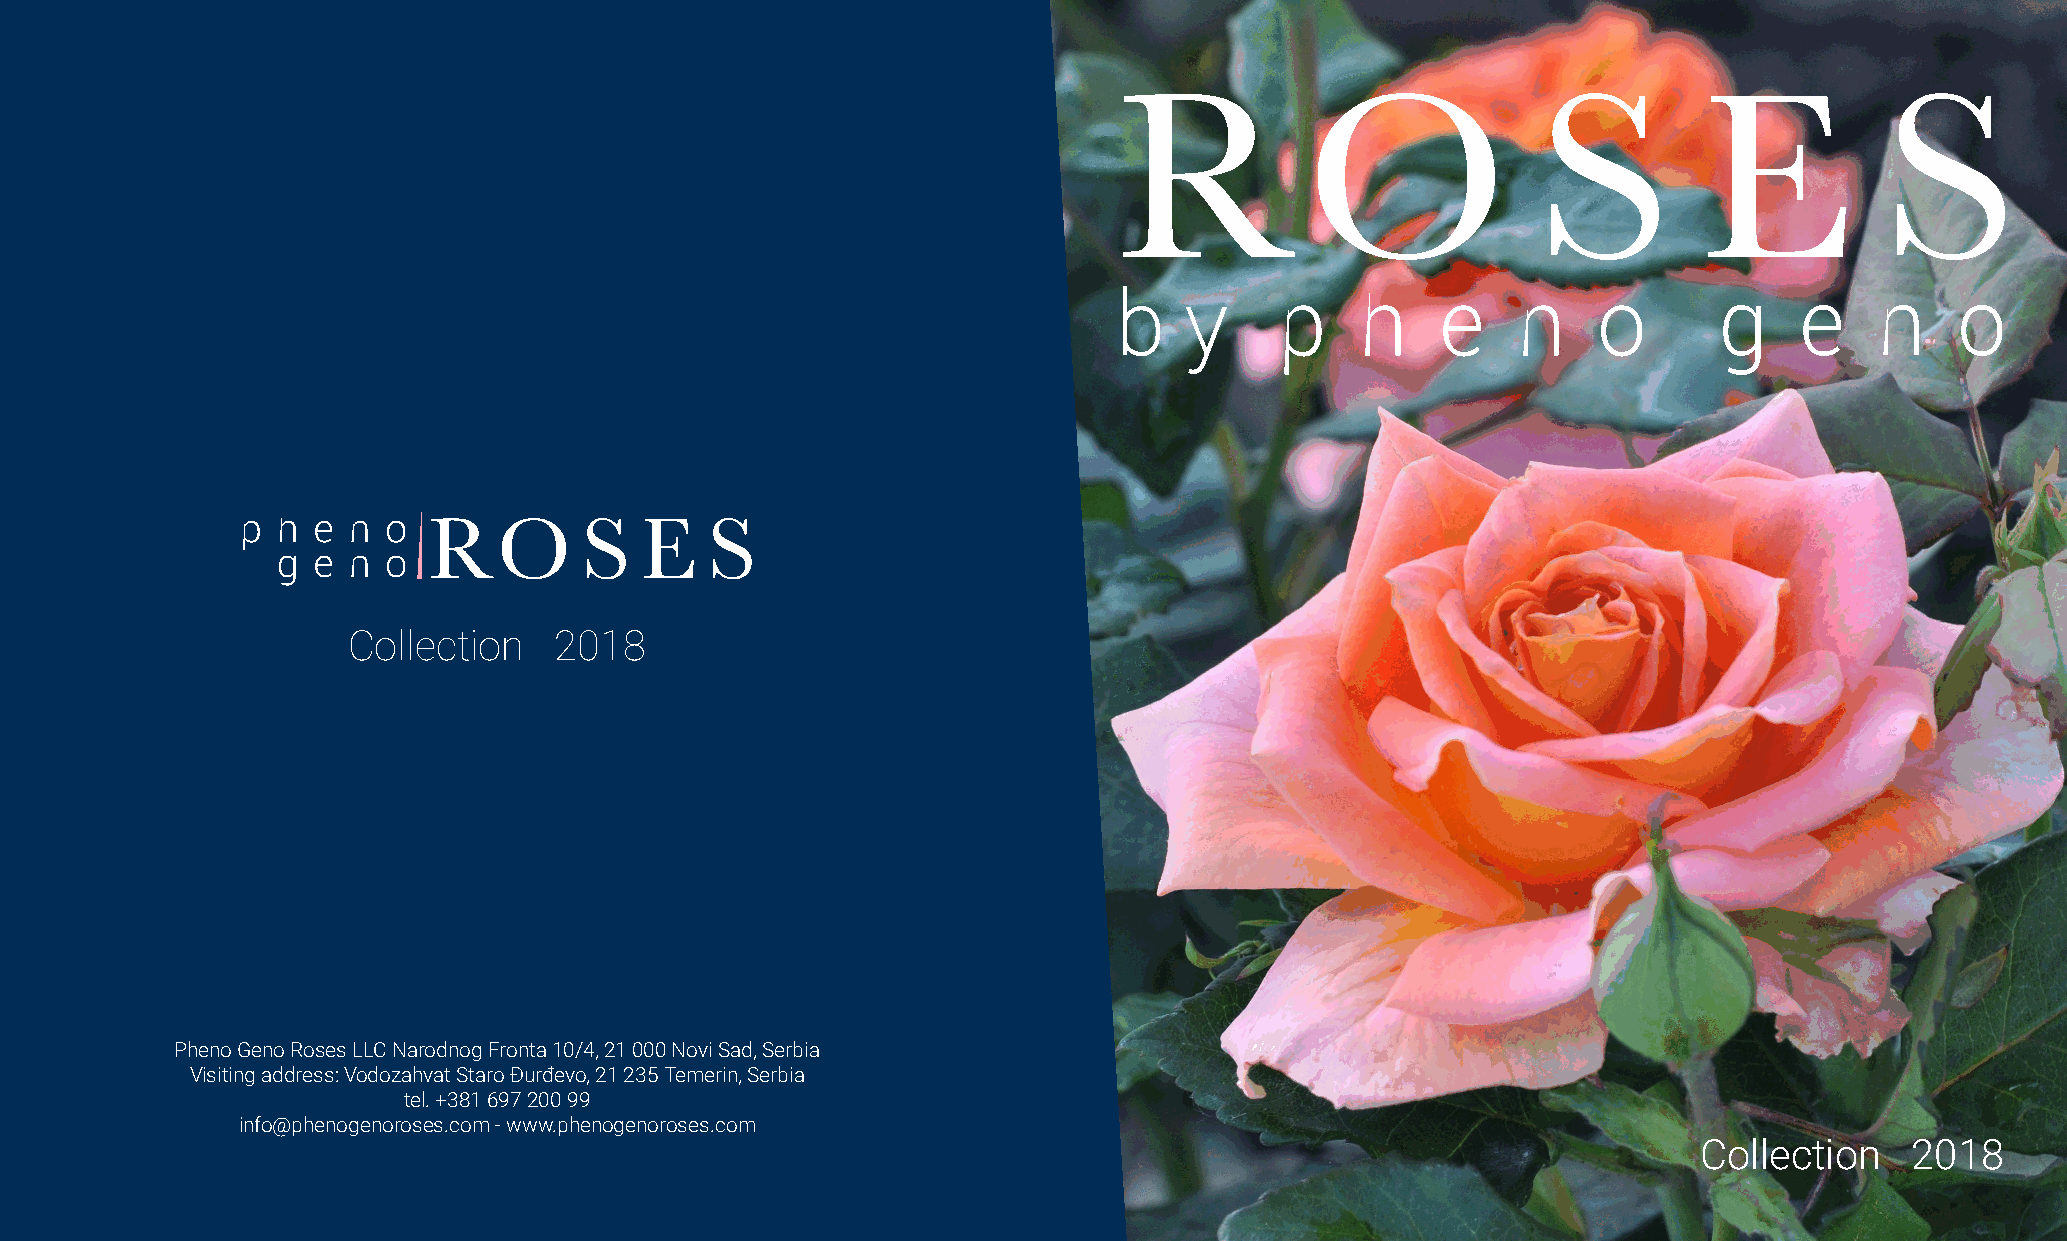
Collection    2018
 Pheno Geno Roses LLC Narodnog Fronta 10/4, 21 000 Novi Sad, Serbia
 Visiting address: Vodozahvat Staro Đurđevo, 21 235 Temerin, Serbia
 tel. +381 697 200 99
 info@phenogenoroses.com - www.phenogenoroses.com
 Collection    2018
 v